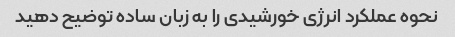
نحوه عملکرد انرژی خورشیدی را به زبان ساده توضیح دهید